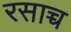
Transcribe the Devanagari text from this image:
रसाच्च